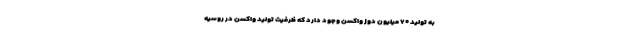
به تولید ۷۰ میلیون دوز واکسن وجود دارد که ظرفیت تولید واکسن در روسیه